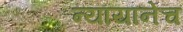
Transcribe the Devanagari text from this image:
न्यायानेच